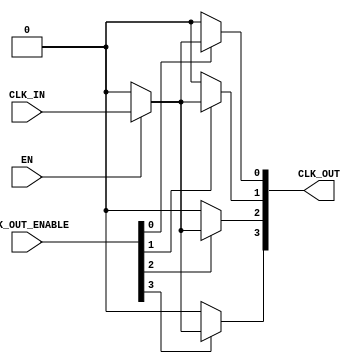
module LowPowerClockBuffer #(
    parameter NUM_OUTPUTS = 4  // Configurable number of clock outputs
)(
    input wire CLK_IN,          // Single-ended clock input
    input wire EN,              // Enable signal to control clock buffer operation
    input wire [NUM_OUTPUTS-1:0] CLK_OUT_ENABLE, // Individual output enables
    output wire [NUM_OUTPUTS-1:0] CLK_OUT          // Multiple clock outputs
);

    // Internal signals
    wire gated_clk; // Gated clock signal
    wire clk_buf;   // Buffered clock signal

    // Clock Gating Logic
    assign gated_clk = EN ? CLK_IN : 1'b0; // If EN is high, pass CLK_IN, else drive low

    // Buffering the clock signal to strengthen it
    generate
        genvar i;
        for (i = 0; i < NUM_OUTPUTS; i = i + 1) begin : clk_out_gen
            // Buffering with enable for each output
            assign CLK_OUT[i] = CLK_OUT_ENABLE[i] ? gated_clk : 1'b0; // Output clock based on enable
        end
    endgenerate

    // Optional: Add hysteresis and temperature compensation logic here
    // This can be implemented using additional circuitry or behavioral models

endmodule